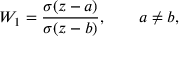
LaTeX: W _ { 1 } = \frac { \sigma ( z - a ) } { \sigma ( z - b ) } , \qquad a \ne b ,